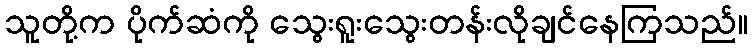
သူတို့က ပိုက်ဆံကို သွေးရူးသွေးတန်းလိုချင်နေကြသည်။